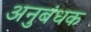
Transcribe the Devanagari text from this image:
अनुबंधक